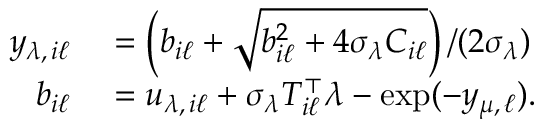
\begin{array} { r l } { y _ { \lambda , \, i \ell } } & { { } = \left( b _ { i \ell } + \sqrt { b _ { i \ell } ^ { 2 } + 4 \sigma _ { \lambda } C _ { i \ell } } \right) / ( 2 \sigma _ { \lambda } ) } \\ { b _ { i \ell } } & { { } = u _ { \lambda , \, i \ell } + \sigma _ { \lambda } T _ { i \ell } ^ { \top } \lambda - \exp ( - y _ { \mu , \, \ell } ) . } \end{array}